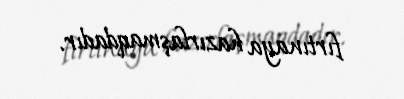
fırtınaya hazırlaşmaqdadır.